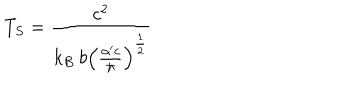
LaTeX: T _ { S } = \frac { c ^ { 2 } } { k _ { B } \: b \left( \frac { \alpha ^ { \prime } c } { \hbar } \right) ^ { \frac { 1 } { 2 } } }